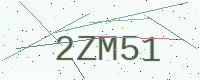
Text: 2ZM51